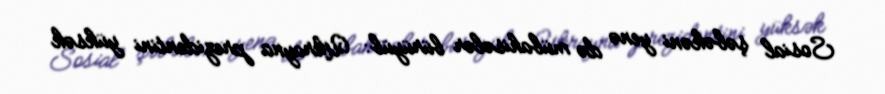
Sosial şəbəkəni yenə də mübahisələr bürüyüb: Ukrayna prezidentini yüksək